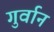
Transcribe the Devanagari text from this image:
गुर्वान